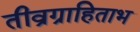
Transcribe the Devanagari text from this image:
तीव्रग्राहिताभ